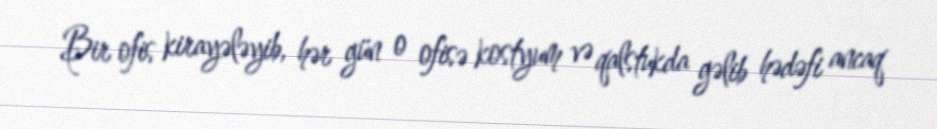
Bir ofis kirayələyib, hər gün o ofisə kostyum və qalstukda gəlib hədəfi ancaq